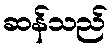
ဆန်သည်